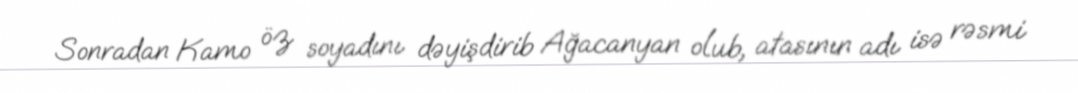
Sonradan Kamo öz soyadını dəyişdirib Ağacanyan olub, atasının adı isə rəsmi